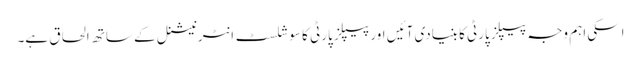
اسکی اہم وجہ پیپلز پارٹی کا بنیادی آئیں اور پیپلز پارٹی کا سوشلسٹ انٹرنیشنل کے ساتھ الحاق ہے۔